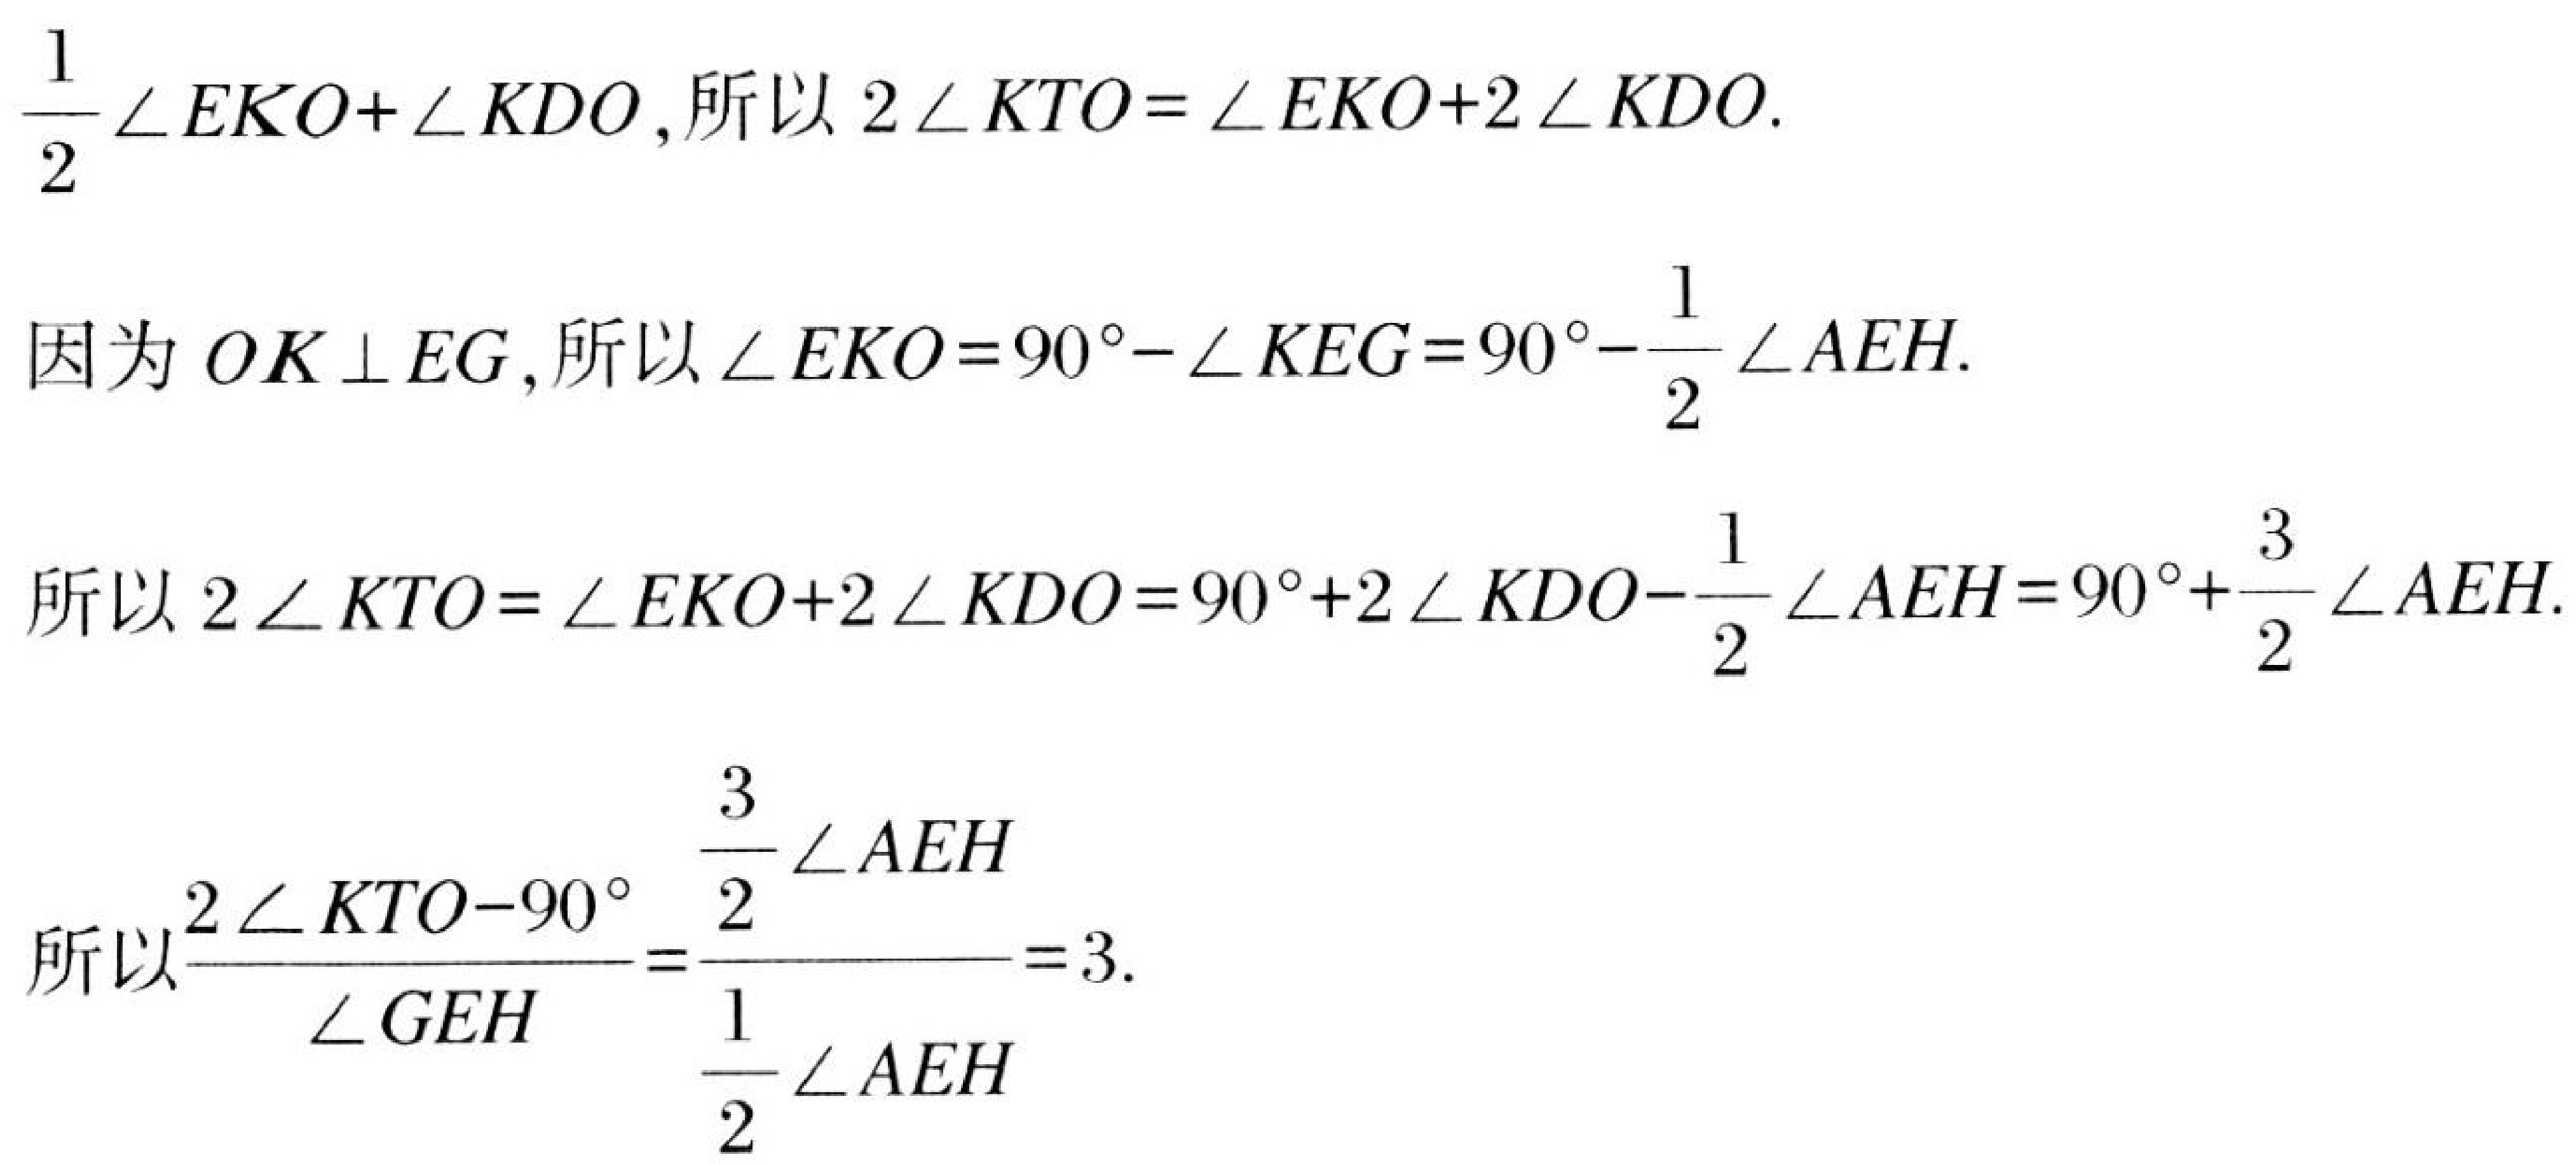
\(\frac{1}{2}\angle EKO+\angle KDO\), 所以 \(2\angle KTO = \angle EKO+2\angle KDO\).
因为 \(OK\perp EG\), 所以 \(\angle EKO = 90^{\circ}-\angle KEG = 90^{\circ}-\frac{1}{2}\angle AEH\).
所以 \(2\angle KTO = \angle EKO+2\angle KDO = 90^{\circ}+2\angle KDO-\frac{1}{2}\angle AEH = 90^{\circ}+\frac{3}{2}\angle AEH\).
所以 \(\frac{2\angle KTO - 90^{\circ}}{\angle GEH}=\frac{\frac{3}{2}\angle AEH}{\frac{1}{2}\angle AEH}=3\).